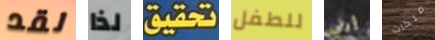
لقد لذا تحقيق للطفل إرني ملكات